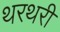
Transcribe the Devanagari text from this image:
थरथरी